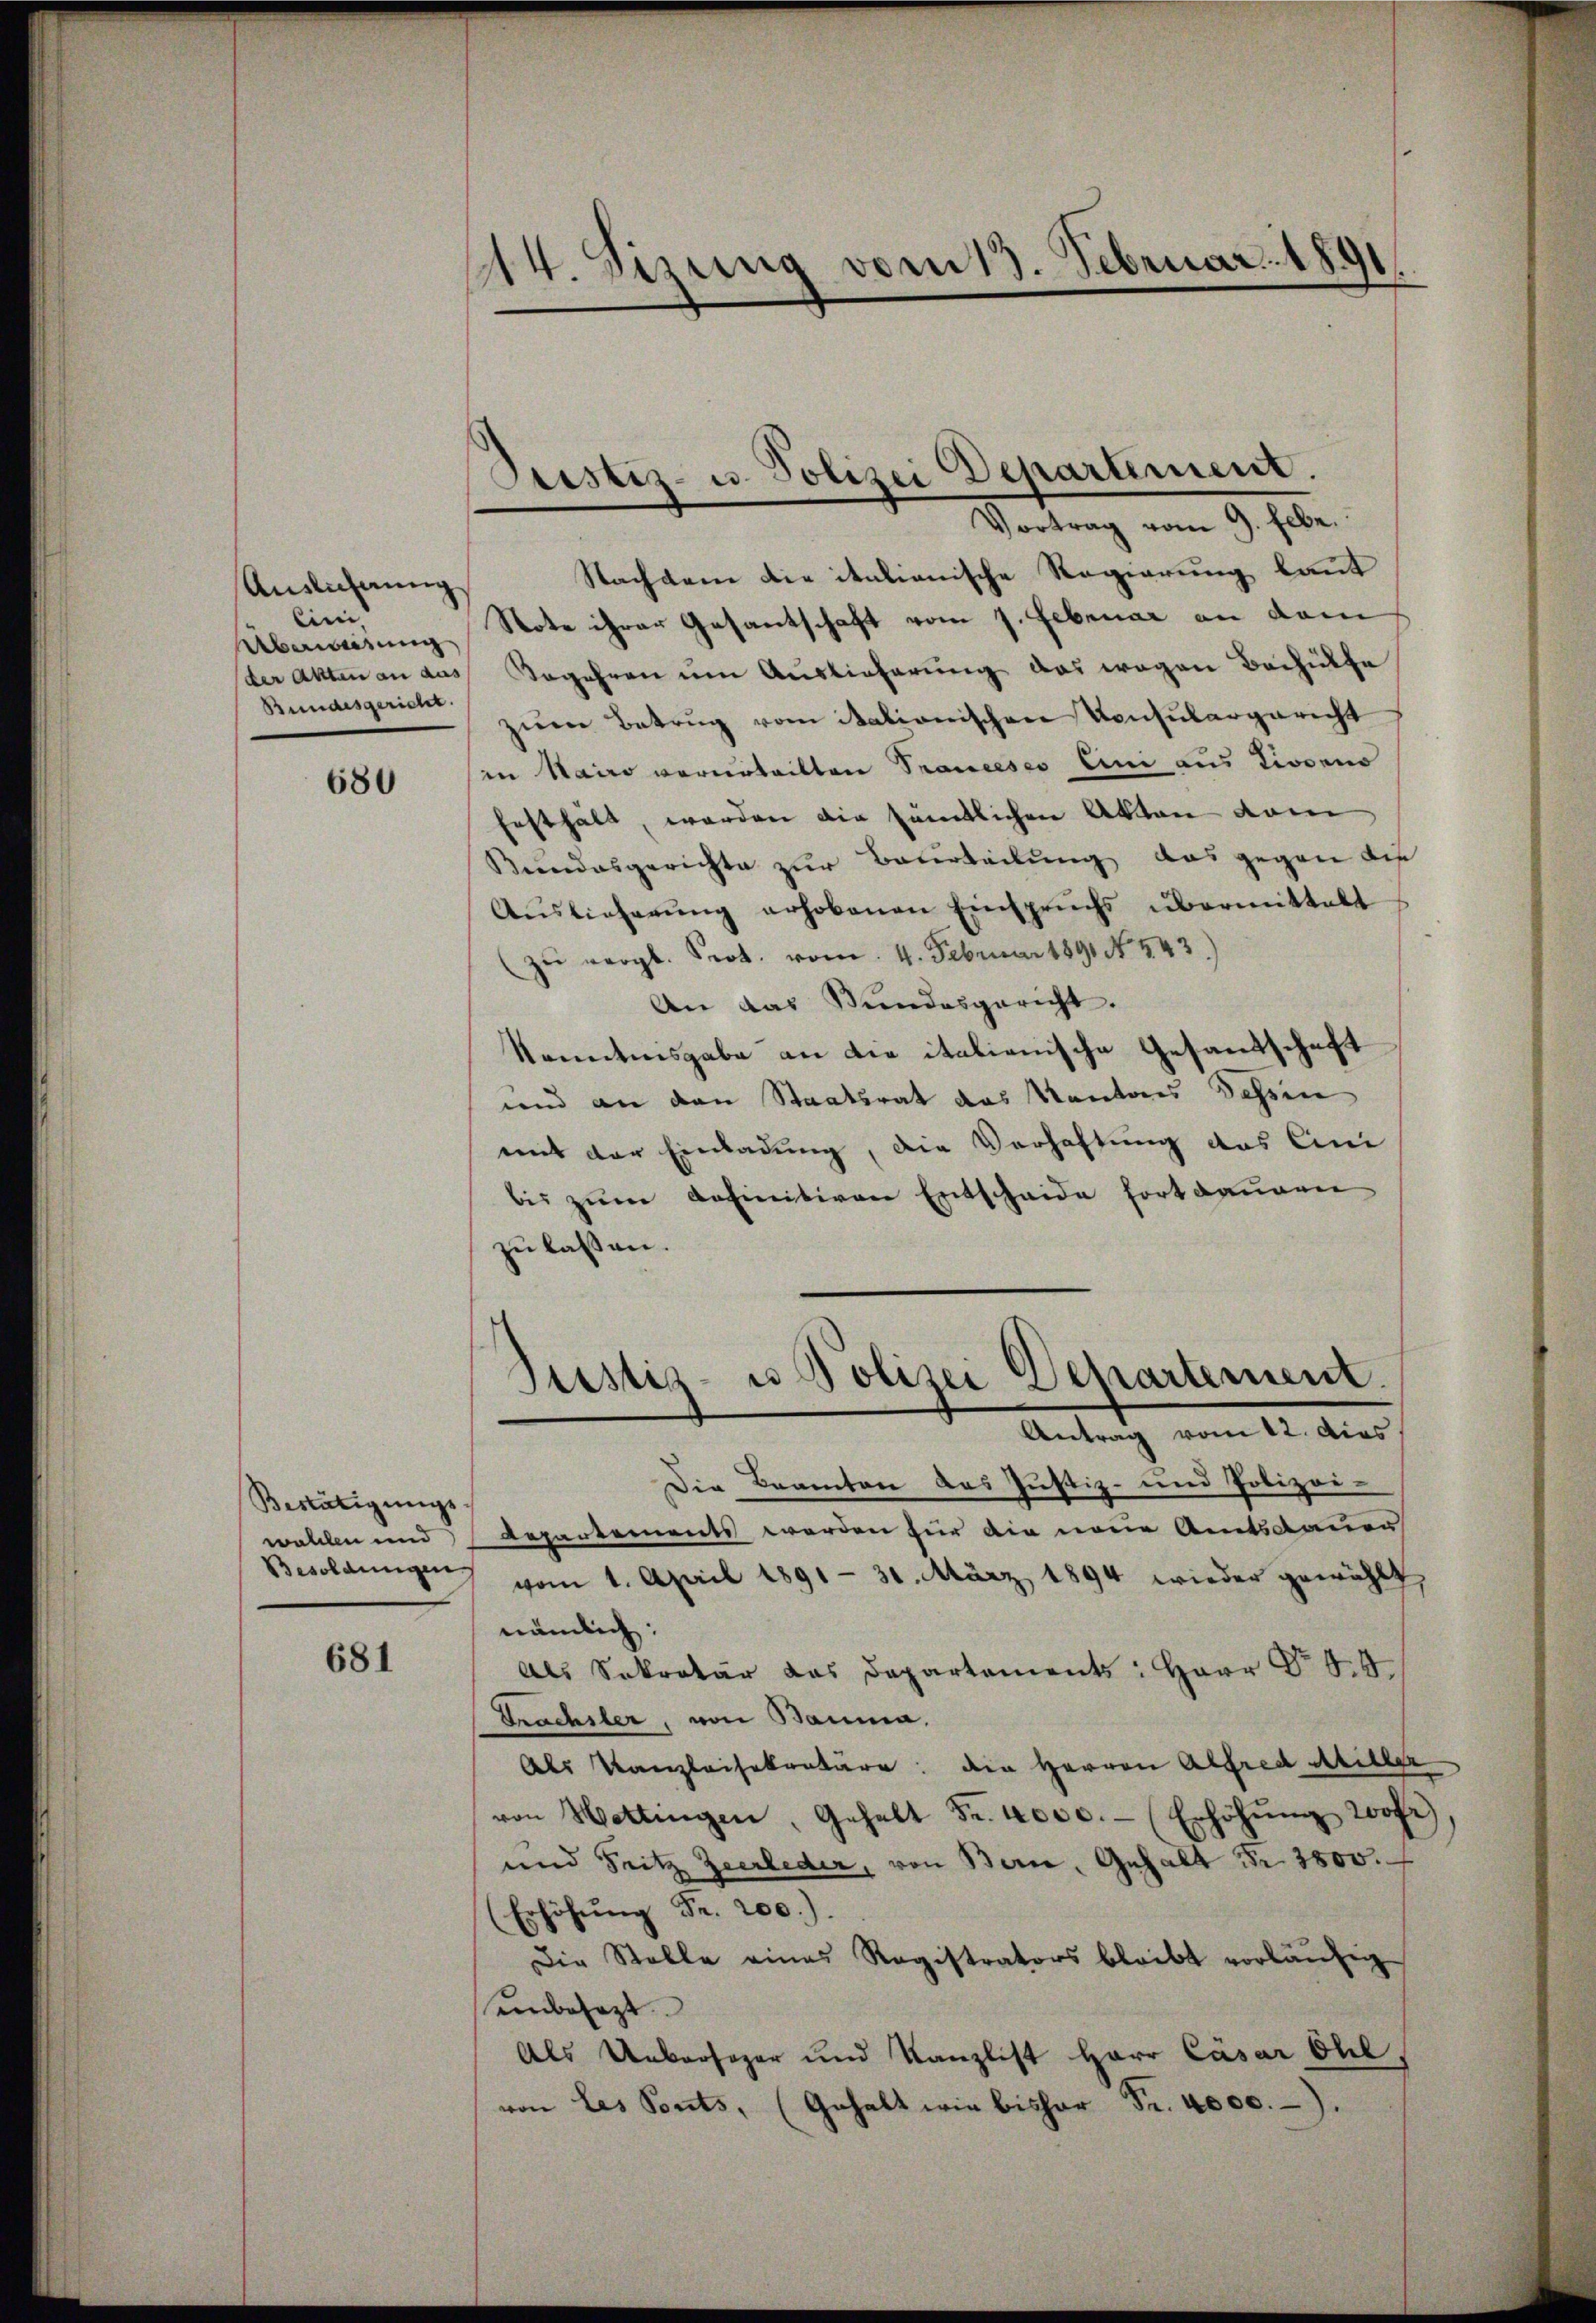
Anslicherung
eini
(der Akten an aus
Bundesgericht.

680

Bestätigungs
wollen und
Besoldungen.

681

14. Sizung vom 13. Februar 1891

Prestiz- u. Polizei Departement.

Vortrag vom 9. Febr.
Nachdem die italienische Regierung kannt
Überweisung Note ihrer Gesantschaft vom 1. Februar an dem
Begehren um Auslieferung das wegen Beihülfe
zŭm Betrug vom Stationischen Konsulargericht
in Kairo verurteilten Trancesco Eini aus Livorno
festhält, worden die sämtlichen Akten vom
Bundesgerichte zur Beurteilung das gegen die
Aŭslieferŭng erhobenen Einspruchs übermittelt
zŭ vergl. Prot. vom 4. Februar 1891 No. 443.)
An das Bundesgericht.
Kenntnisgabe an die italienische Gesandschaft
und an den Staatsrat das Kantons dessen
mit der Einladung, die Verhaftung des Eini
bis zum Definitiven Entscheide fortdauren
¬
zu lassen.
Justiz- u Polizei Departement.
Antrag vom 12. dies
Die Beamten des Justiz- und Polizei-
Repartements werden für die neue Amtsdauer
vom 1. April 1891 - 31. März 1894 wieder gewählt
nämlich:
Als Sekretär das Departements: Herr Nr. 44
trachsler, von Bauma,
Als Kanzleisekretäre: den Herren Alfred Miller
von Wettingen, Gehalt Fr. 4000.- (Erhöhŭng wohi
und Fritz Zeerleder, von Bern, Gehalt Fr. 3800.
Erhöhŭng Fr. 200.).
(
Die Stelle eines Registrators bleibt vorläŭfig
einbesagt
Als Uebersager und Kanzlist Herr Cäsar Ohl,
von les Ponts, (Gehalt wie bisher Fr. 4000.-.